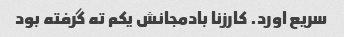
سریع اورد. کارزنا بادمجانش یکم ته گرفته بود